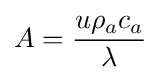
A={\frac {u\rho _{a}c_{a}}{\lambda }}